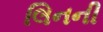
લિનની